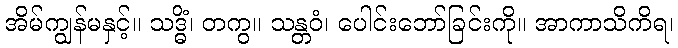
အိမ်ကျွန်မနှင့်။ သဒ္ဓိံ၊ တကွ။ သန္တဝံ၊ ပေါင်းဘော်ခြင်းကို။ အာကာသိကိရ၊